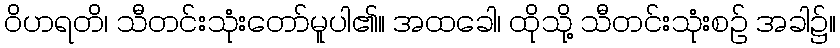
ဝိဟရတိ၊ သီတင်းသုံးတော်မူပါ၏။ အထခေါ၊ ထိုသို့ သီတင်းသုံးစဉ် အခါ၌။